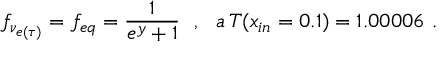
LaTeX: f _ { \nu _ { e ( \tau ) } } = f _ { e q } = \frac { 1 } { e ^ { y } + 1 } ~ ~ , ~ ~ a \, T ( x _ { i n } = 0 . 1 ) = 1 . 0 0 0 0 6 ~ .